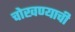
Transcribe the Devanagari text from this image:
चोखण्याची